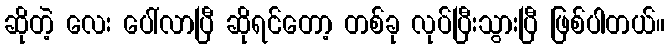
ဆိုတဲ့ လေး ပေါ်လာပြီ ဆိုရင်တော့ တစ်ခု လုပ်ပြီးသွားပြီ ဖြစ်ပါတယ်။